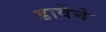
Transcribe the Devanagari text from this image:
डावेने